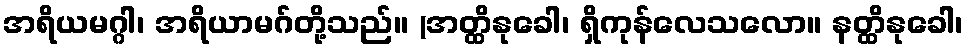
အရိယမဂ္ဂါ၊ အရိယာမဂ်တို့သည်။ (အတ္ထိနုခေါ၊ ရှိကုန်လေသလော။ နတ္ထိနုခေါ၊